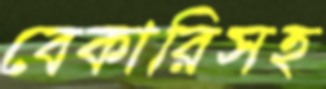
বেকারিসহ